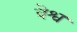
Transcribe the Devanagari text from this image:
वेश्व